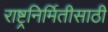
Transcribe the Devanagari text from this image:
राष्ट्रनिर्मितीसाठी